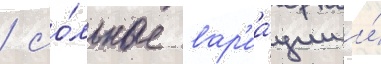
/ со́льные вар'иа́ции и́